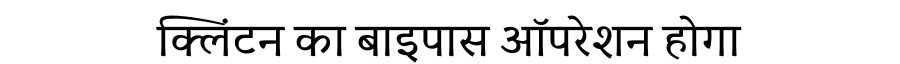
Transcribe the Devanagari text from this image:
क्लिंटन का बाइपास ऑपरेशन होगा